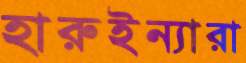
হারুইন্যারা